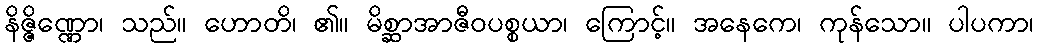
နိဇ္ဇိဏ္ဏော၊ သည်။ ဟောတိ၊ ၏။ မိစ္ဆာအာဇီဝပစ္စယာ၊ ကြောင့်။ အနေကေ၊ ကုန်သော။ ပါပကာ၊